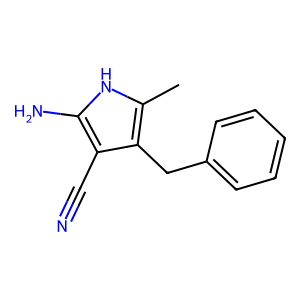
SMILES: Cc1[nH]c(N)c(C#N)c1Cc1ccccc1
Inhibits HIV replication: No